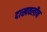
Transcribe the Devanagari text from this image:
दाखवलीच